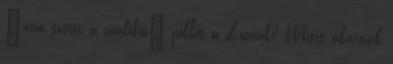
“nem szeret a zombifiu” poklot a Zoenak? Miert akarnak